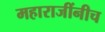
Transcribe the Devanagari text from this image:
महाराजींनीच